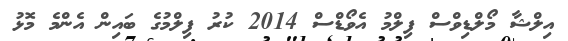
އިލްޝާ މޯލްޑިވްސް ފިލްމު އެވޯޑްސް 2014 ކުރު ފިލްމުގެ ބައިން އެންމެ މޮޅު